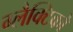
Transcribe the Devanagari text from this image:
ग्‍लैक्टिको